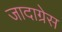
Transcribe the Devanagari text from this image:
जादाग्रेस